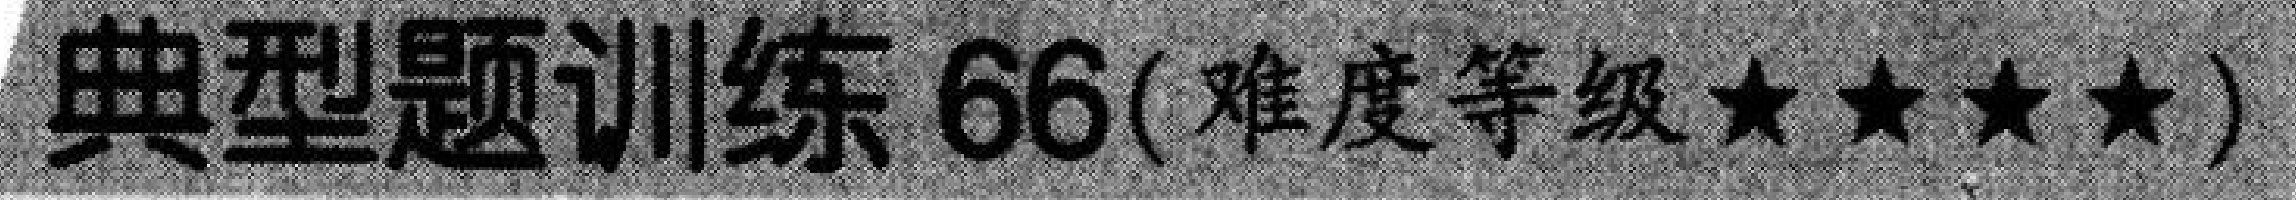
典型题训练 66(难度等级$\star\star\star\star$)